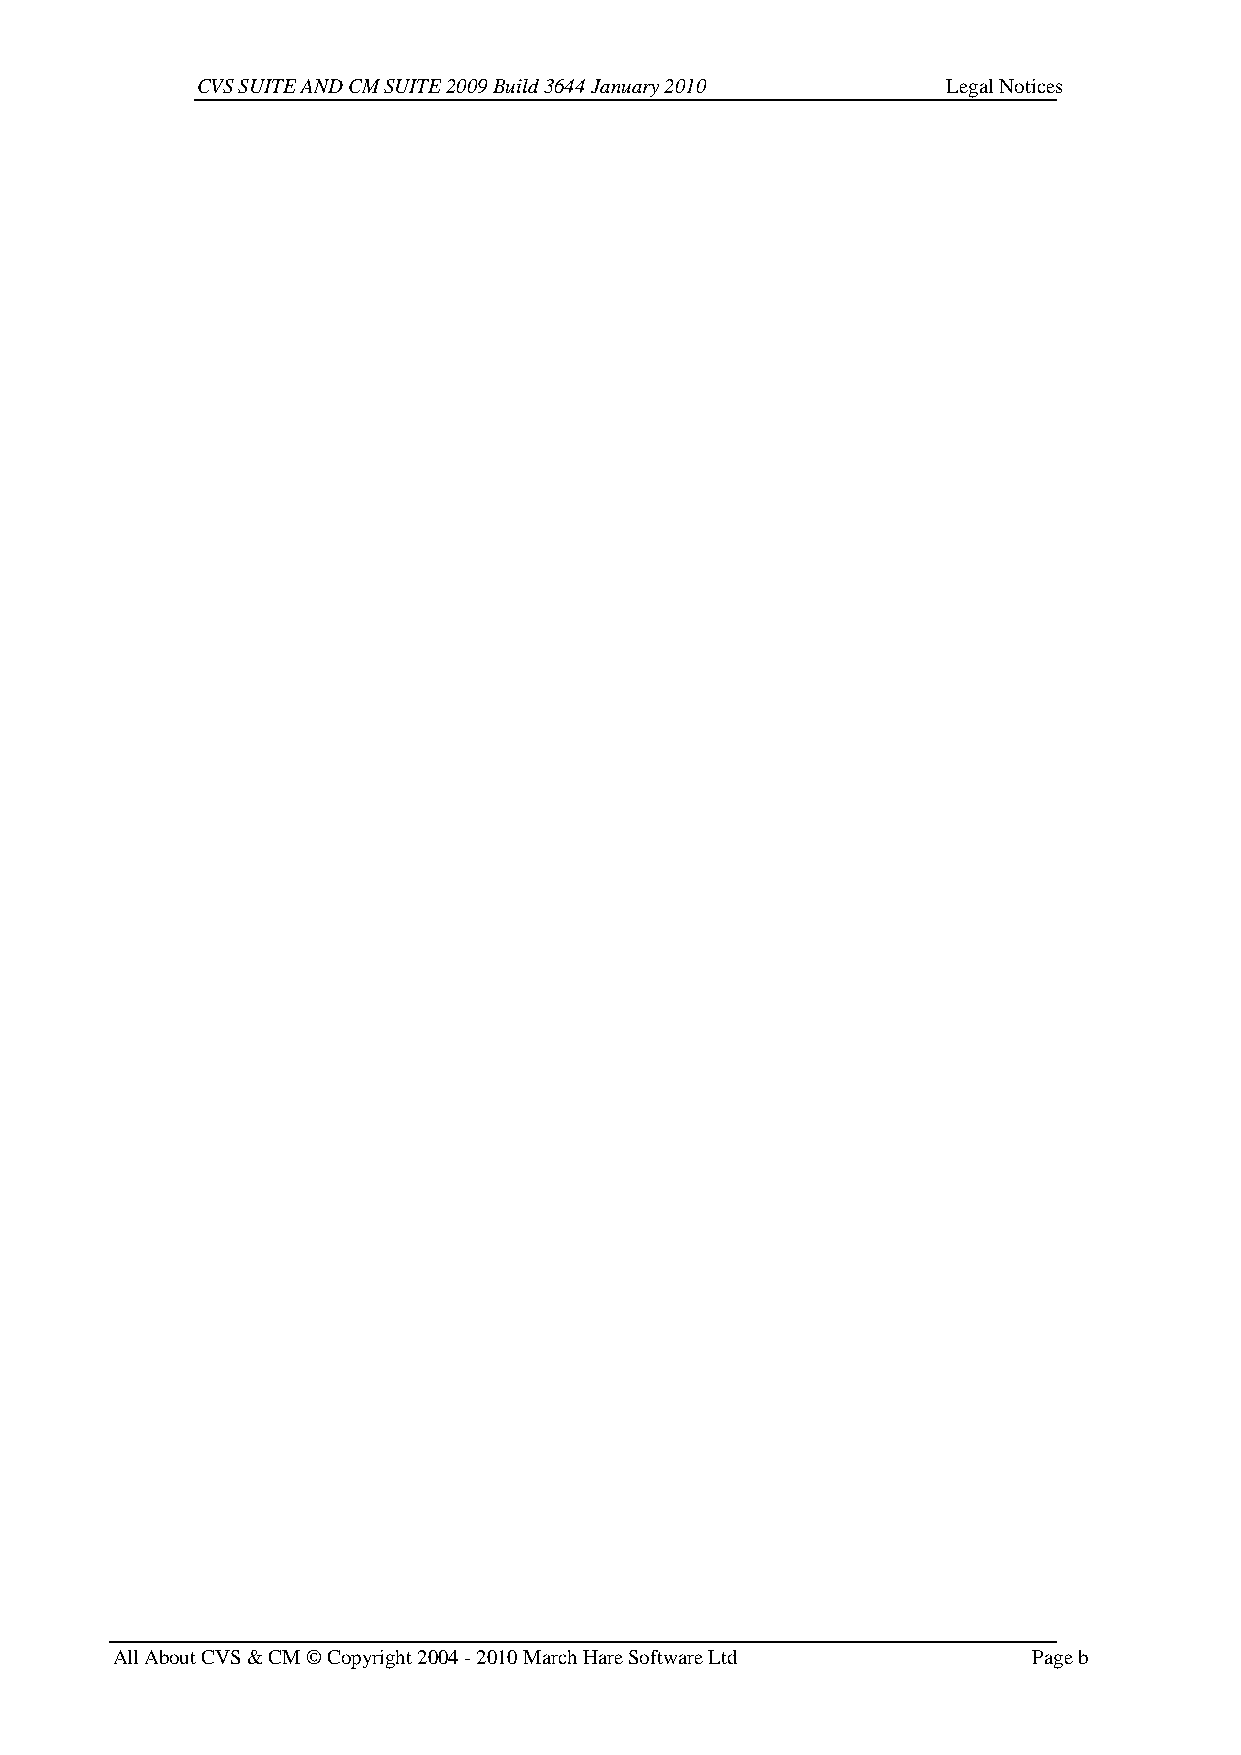
CVS SUITE AND CM SUITE 2009 Build 3644 January 2010 Legal Notices
 All About CVS & CM © Copyright 2004 - 2010 March Hare Software Ltd Page b